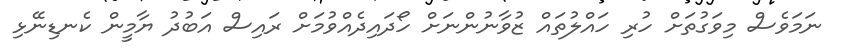
ނަމަވެސް މިވަގުތަށް ހުރި ހައްލުތައް ޒުވާނުންނަށް ހޯދައިދެއްވުމަށް ރައިސް އަބުދު ޔާމީން ކެނޑިނޭޅި